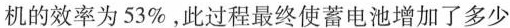
机的效率为53\%，此过程最终使蓄电池增加了多少